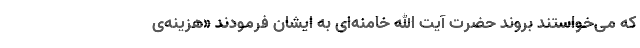
که می‌خواستند بروند حضرت آیت الله خامنه‌ای به ایشان فرمودند «هزینه‌ی